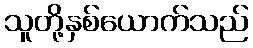
သူတို့နှစ်ယောက်သည်